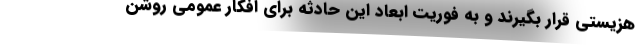
هزیستی قرار بگیرند و به فوریت ابعاد این حادثه برای افکار عمومی روشن